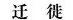
迁徙